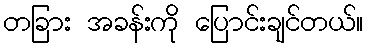
တခြား အခန်းကို ပြောင်းချင်တယ်။